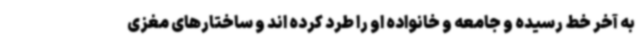
به آخر خط رسیده و جامعه و خانواده او را طرد کرده اند و ساختارهای مغزی